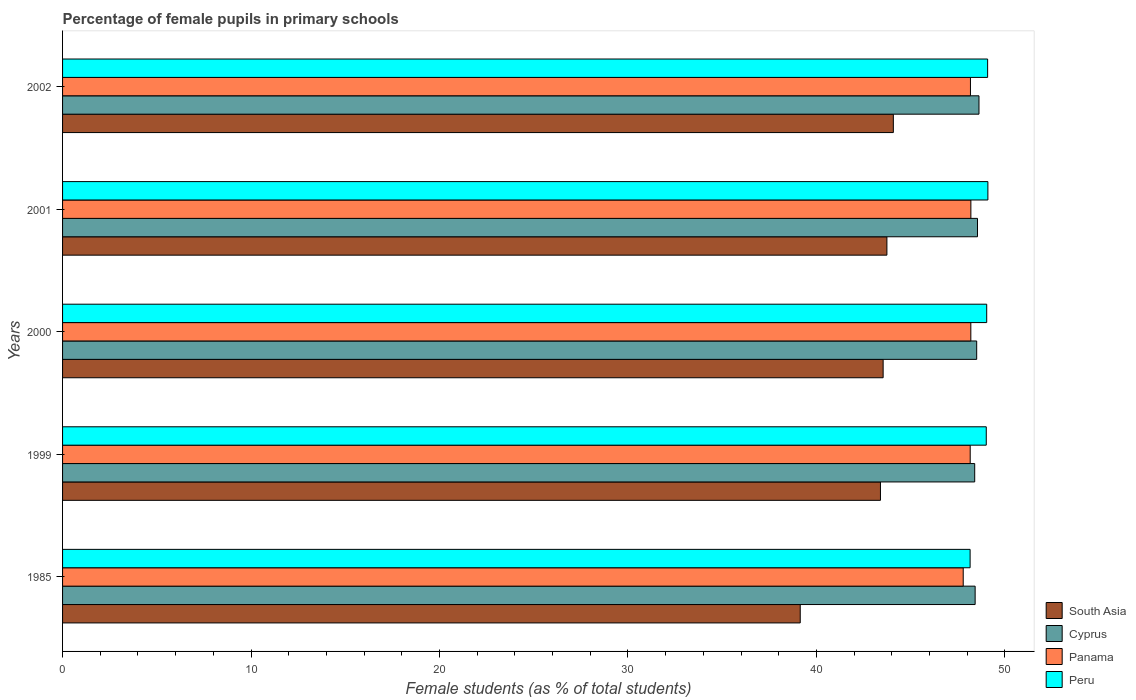
| Years | South Asia | Cyprus | Panama | Peru |
 | --- | --- | --- | --- | --- |
 | 1985 | 39.1 | 48.4 | 47.8 | 48.2 |
 | 1999 | 43.4 | 48.4 | 48.2 | 49 |
 | 2000 | 43.5 | 48.5 | 48.2 | 49 |
 | 2001 | 43.7 | 48.5 | 48.2 | 49.1 |
 | 2002 | 44.1 | 48.6 | 48.2 | 49.1 |